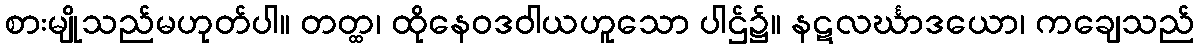
စားမျိုသည်မဟုတ်ပါ။ တတ္ထ၊ ထိုနေဝဒဝါယဟူသော ပါဌ်၌။ နဋလင်္ဃာဒယော၊ ကချေသည်